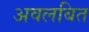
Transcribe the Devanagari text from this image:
अवलबित